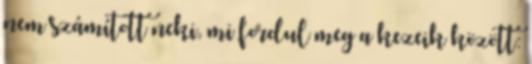
nem számított neki, mi fordul meg a kezeik között: